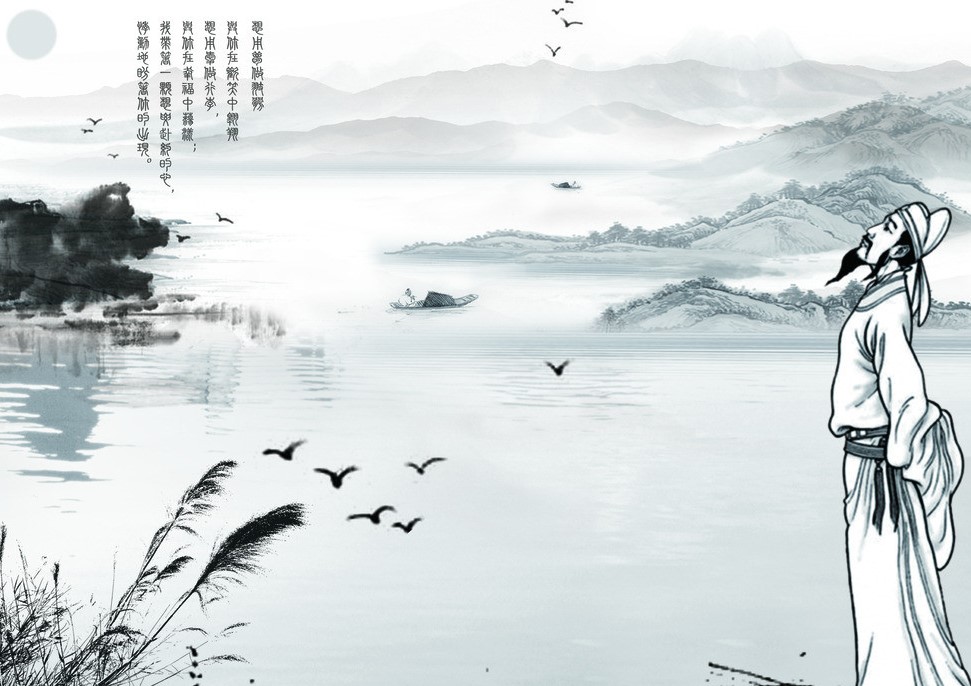
总为浮云能蔽日，长安不见使人愁。